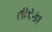
તારકા